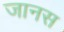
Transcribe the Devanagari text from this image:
जानस